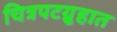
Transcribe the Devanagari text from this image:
चित्रपटग्रुहात